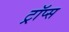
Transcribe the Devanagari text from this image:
ट्रॉप्स